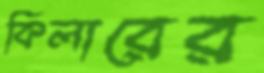
কিলারের